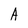
Character: A